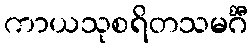
ကာယသုစရိတသမင်္ဂီ